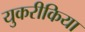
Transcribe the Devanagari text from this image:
युकरीकिया